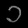
Digit: ၁